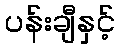
ပန်းချီနှင့်